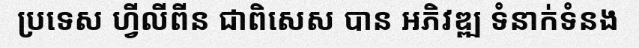
ប្រទេស ហ្វីលីពីន ជាពិសេស បាន អភិវឌ្ឍ ទំនាក់ទំនង